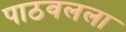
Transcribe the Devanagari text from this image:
पाठवलला